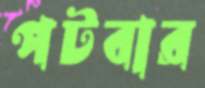
পটবার